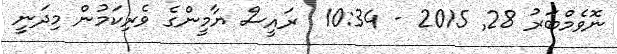
ނޮވެމްބަރު 28